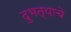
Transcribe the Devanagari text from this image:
दुभत्याचे